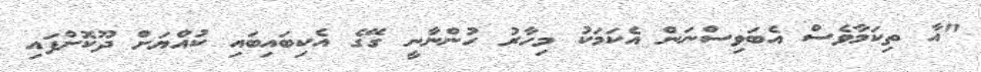
"އާ ތިކަމާވެސް އެބަވިސްނަން އެކަމަކު މިހާރު ހުންނާނީ ގޭގެ އެކިބައިބައި ކުއްޔަށް ދޫކޮށްފައި